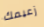
زعيمك